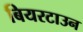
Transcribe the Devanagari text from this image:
बियरटाउन